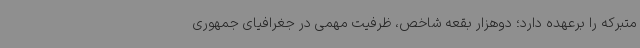
متبرکه را برعهده دارد؛ دوهزار بقعه شاخص، ظرفیت مهمی در جغرافیای جمهوری